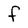
Character: f